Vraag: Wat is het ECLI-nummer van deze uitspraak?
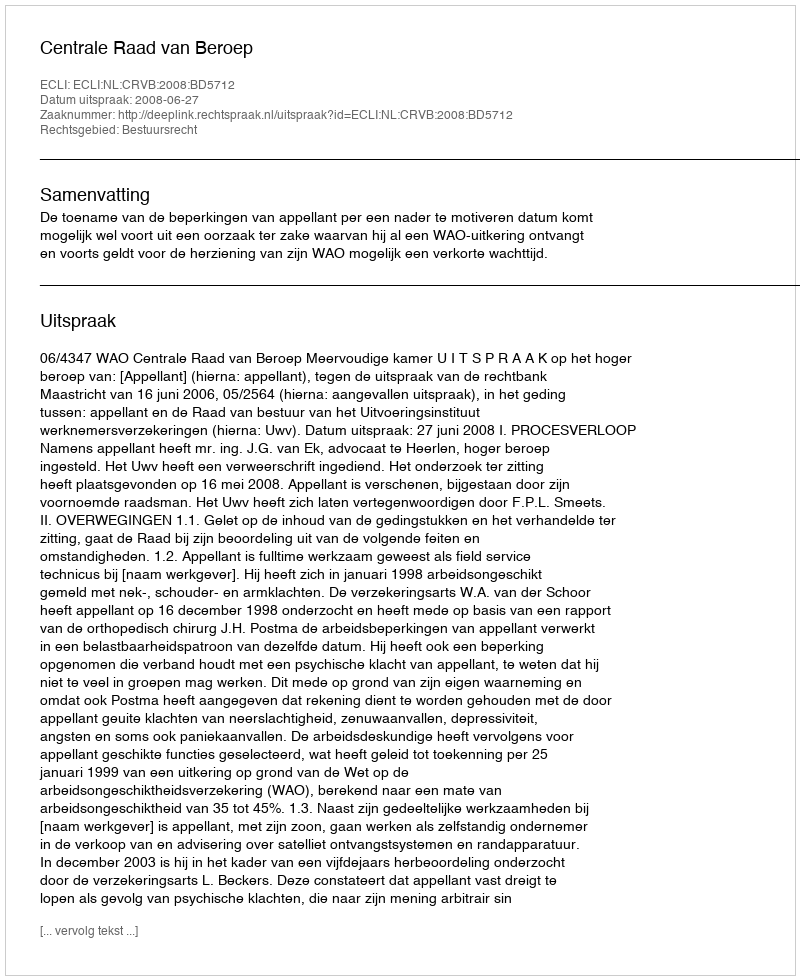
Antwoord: ECLI:NL:CRVB:2008:BD5712